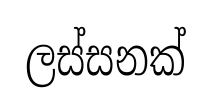
ලස්සනක්